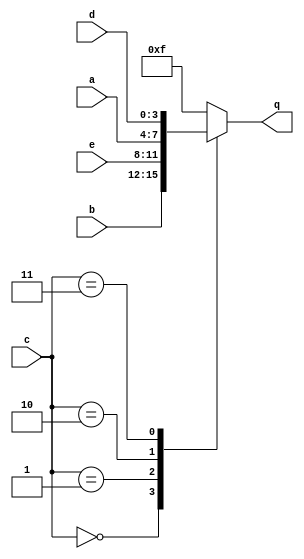
module top_module (
    input [3:0] a,
    input [3:0] b,
    input [3:0] c,
    input [3:0] d,
    input [3:0] e,
    output [3:0] q );

    
    always @(*) begin
        case(c)
            4'h0:
                q = b;
            4'h1:
                q = e;
            4'h2:
                q = a;
            4'h3:
                q = d;
            default:
                q = 4'hf;
        endcase
    end
    
endmodule